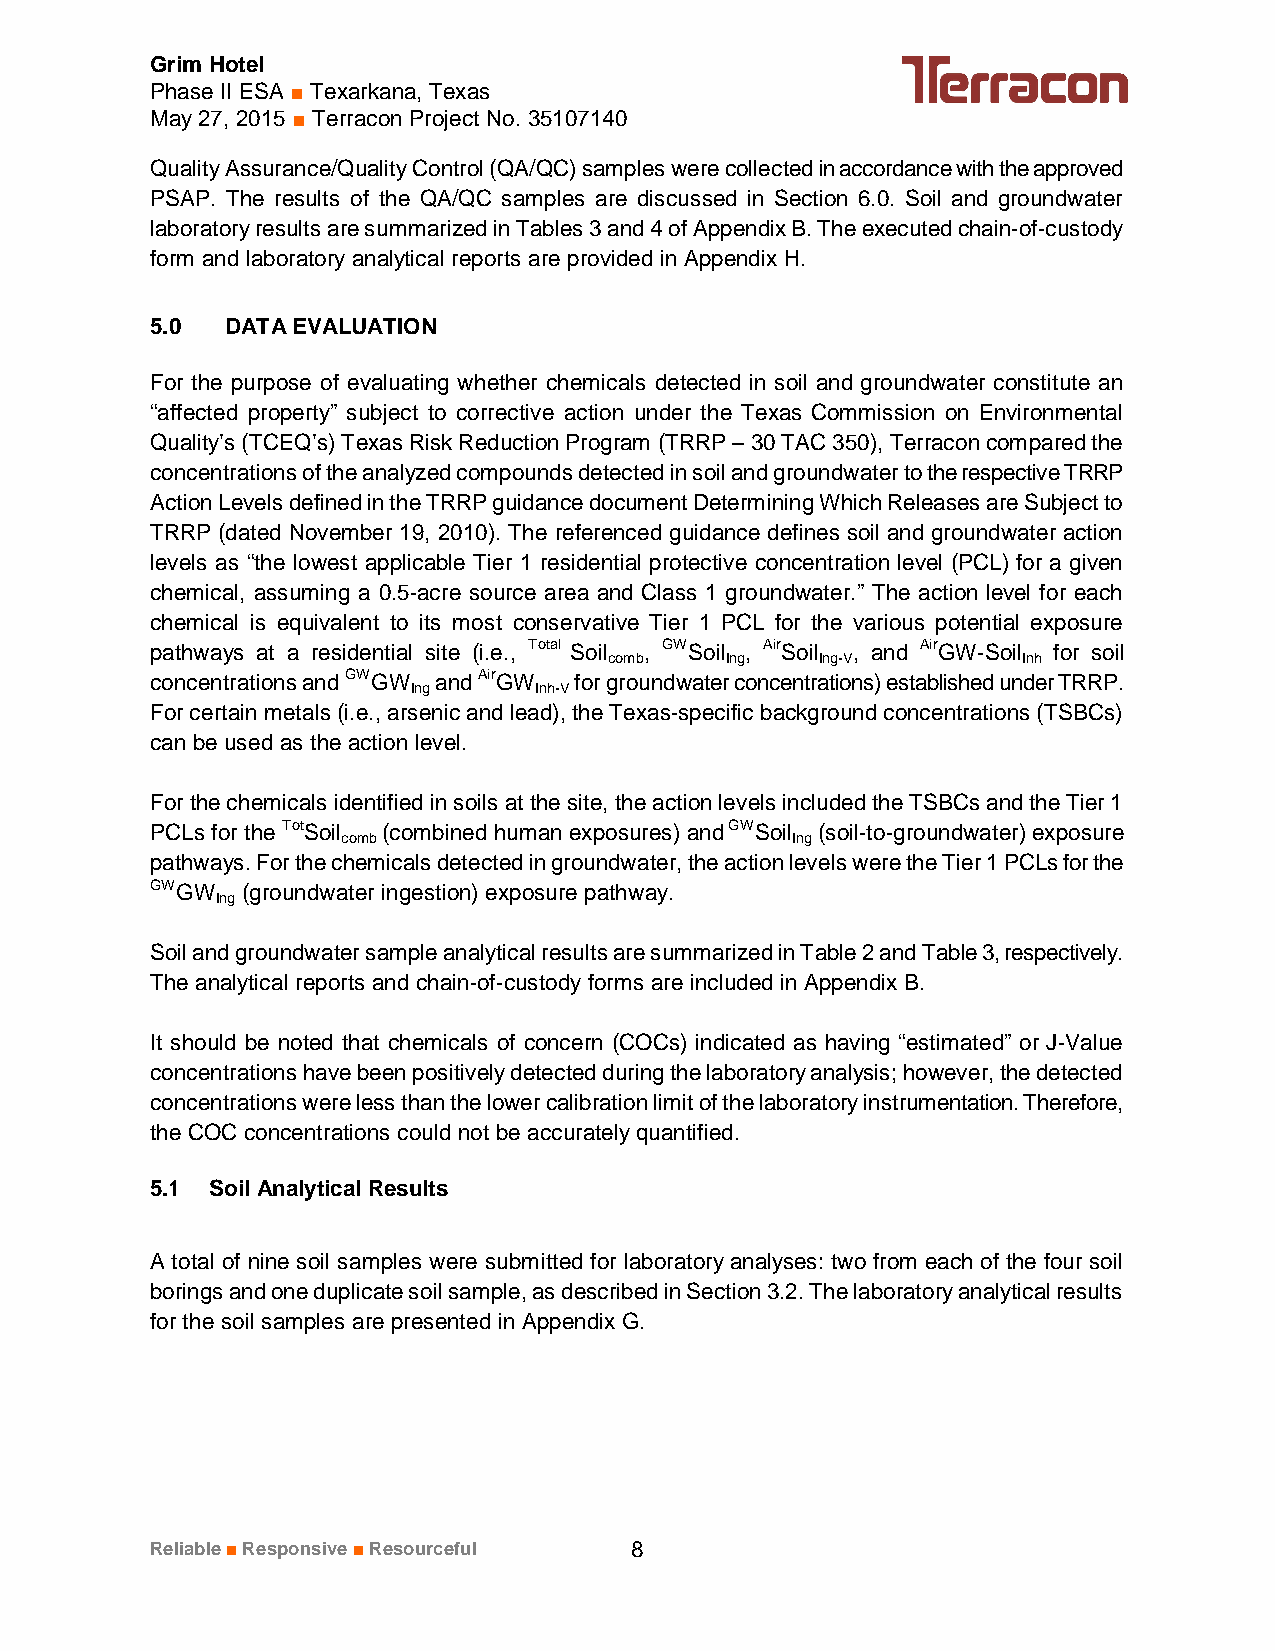
Grim Hotel
 Phase II ESA ■ Texarkana, Texas
 May 27, 2015 ■ Terracon Project No. 35107140
 Quality Assurance/Quality Control (QA/QC) samples were collected in accordance with the approved
 PSAP. The results of the QA/QC samples are discussed in Section 6.0. Soil and groundwater
 laboratory results are summarized in Tables 3 and 4 of Appendix B. The executed chain-of-custody
 form and laboratory analytical reports are provided in Appendix H.
 5.0  DATA EVALUATION
 For the purpose of evaluating whether chemicals detected in soil and groundwater constitute an
 “affected property” subject to corrective action under the Texas Commission on Environmental
 Quality’s (TCEQ’s) Texas Risk Reduction Program (TRRP – 30 TAC 350), Terracon compared the
 concentrations of the analyzed compounds detected in soil and groundwater to the respective TRRP
 Action Levels defined in the TRRP guidance document Determining Which Releases are Subject to
 TRRP (dated November 19, 2010). The referenced guidance defines soil and groundwater action
 levels as “the lowest applicable Tier 1 residential protective concentration level (PCL) for a given
 chemical, assuming a 0.5-acre source area and Class 1 groundwater.” The action level for each
 chemical is equivalent to its most conservative Tier 1 PCL for the various potential exposure
 pathways at a residential site (i.e., Total Soil , GWSoil , AirSoil , and AirGW-Soil for soil
 comb    Ing   Ing-V         Inh
 concentrations andGWGW andAirGW for groundwater concentrations) established under TRRP.
 Ing     Inh-V
 For certain metals (i.e., arsenic and lead), the Texas-specific background concentrations (TSBCs)
 can be used as the action level.
 For the chemicals identified in soils at the site, the action levels included the TSBCs and the Tier 1
 PCLs for the TotSoil (combined human exposures) and GWSoil (soil-to-groundwater) exposure
 comb                         Ing
 pathways. For the chemicals detected in groundwater, the action levels were the Tier 1 PCLs for the
 GWGW  (groundwater ingestion) exposure pathway.
 Ing
 Soil and groundwater sample analytical results are summarized in Table 2 and Table 3, respectively.
 The analytical reports and chain-of-custody forms are included in Appendix B.
 It should be noted that chemicals of concern (COCs) indicated as having “estimated” or J-Value
 concentrations have been positively detected during the laboratory analysis; however, the detected
 concentrations were less than the lower calibration limit of the laboratory instrumentation. Therefore,
 the COC concentrations could not be accurately quantified.
 5.1 Soil Analytical Results
 A total of nine soil samples were submitted for laboratory analyses: two from each of the four soil
 borings and one duplicate soil sample, as described in Section 3.2. The laboratory analytical results
 for the soil samples are presented in Appendix G.
 Reliable■Responsive■Resourceful 8